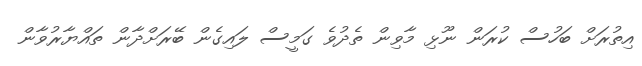
އިތުރަށް ބަހުސް ކުރަން ނޫޅި މާވިން ތެދުވެ ގަމީސް ލައިގެން ބޭރަށްދާން ތައްޔާރުވާން